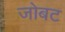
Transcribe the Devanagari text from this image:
जोबट